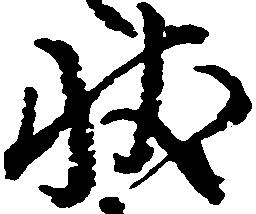
状